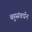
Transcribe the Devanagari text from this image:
बहुसंवर्धन